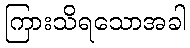
ကြားသိရသောအခါ